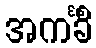
အကင်္ခိံ